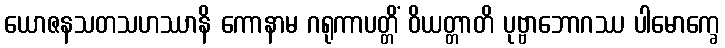
ယောဇနသတသဟဿာနိ ကောနာမ ဂရုကာပတ္တိံ ဝိယတ္တာတိ ပုဗ္ဗာဘောဂဿ ပါမောက္ခေ